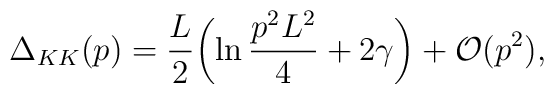
\Delta_{KK}(p)={L\over2}\biggl(\ln{p^2L^2\over4}+2\gamma\biggr)+{\cal O}(p^2),